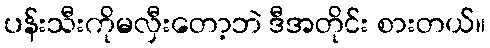
ပန်းသီးကိုမလှီးတော့ဘဲ ဒီအတိုင်း စားတယ်။